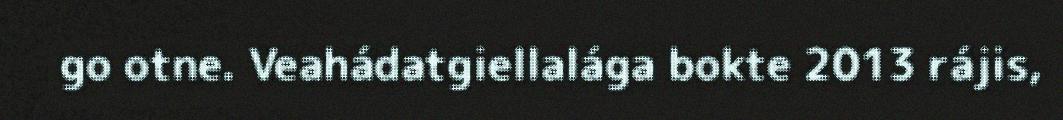
go otne. Veahádatgiellalága bokte 2013 rájis,